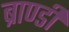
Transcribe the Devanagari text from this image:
ब्राण्डी